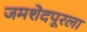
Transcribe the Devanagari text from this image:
जमशेदपूरला